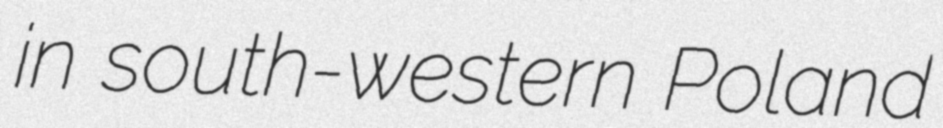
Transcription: in south-western Poland